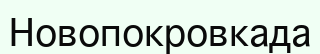
Новопокровкада